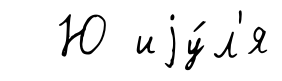
Ю иjу́л'я